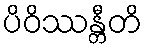
ပိဝိဿန္တီတိ